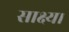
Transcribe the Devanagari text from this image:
साक्ष्य।